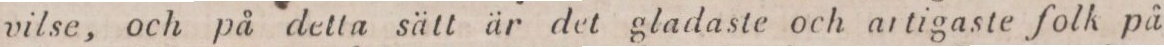
vilse, och på detta sätt är det gladaste och artigaste folk på